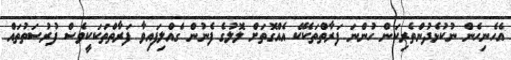
އެހެނިހެން ނުކުޅެދުންތެރިކަން ހުންނަ ފަރާތްތަކެކޭ އެއްގޮތަށް ލޮލުގެ ފެނުން ގެއްލިފައިވާ ފަރާތްތަކަކީވެސް ފުރުސަތުތައް